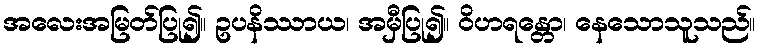
အလေးအမြတ်ပြု၍။ ဥပနိဿာယ၊ အမှီပြု၍။ ဝိဟရန္တော၊ နေသောသူသည်။